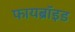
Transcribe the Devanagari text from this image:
फायब्रॉइड